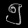
Digit: ၅